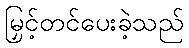
မြှင့်တင်ပေးခဲ့သည်